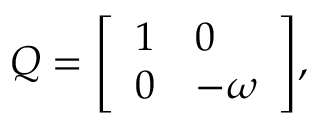
Q = { \left[ \begin{array} { l l } { 1 } & { 0 } \\ { 0 } & { - \omega } \end{array} \right] } ,